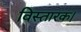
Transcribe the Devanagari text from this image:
विस्तारक।